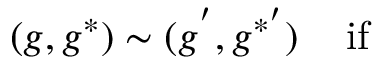
( g , g ^ { * } ) \sim ( g ^ { ' } , g ^ { * ^ { \prime } } ) \ \ \, \ \mathrm { i f }